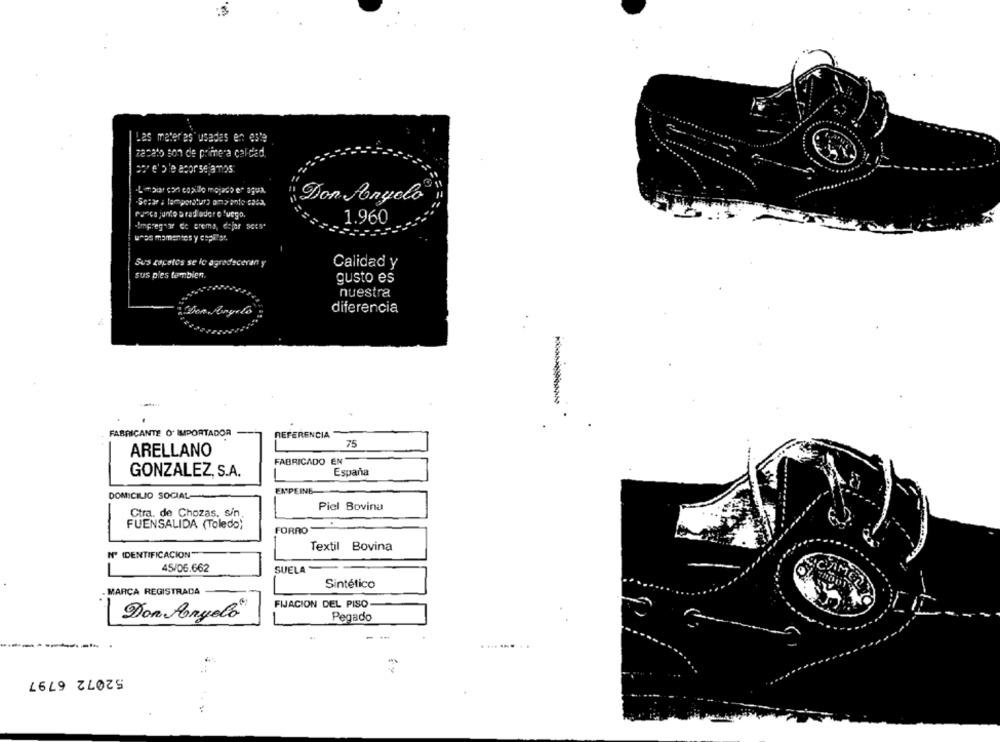
Las meter as'usadas en este
zacato son de primera calidad.
po' e'ble aporse amos
Don Ponyelo
Panca junto a rad ader e fuego,
1.960
"Impregnar de crema, dejar sers'
w^os mamentos y copitar.
Sus zepelos se le agradeceran y
Calidad y
sus pies tambien.
gusto es
nuestra
diferencia
--
FABRICANTE O' IMPORTADOR
REFERENCIA
75
ARELLANO
FABRICADO EN
GONZALEZ, S.A.
España
EMPEINE
DOMICILIO SOCIAL
Piel Bovina
Ctra. de Chozas. sin.
FUENSALIDA (Toledo)
FORRO
Textil Bovina
Nº (DENTIFICACION"
45/06.662
SUELA
Sintético
MARCA REGISTRADA
FIJACION DEL PISO
Don Angelo"
Pegado
--
.... ...
52072 6797